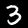
Digit: 3